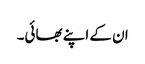
ان کے اپنے بھائی۔